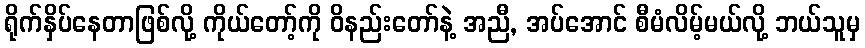
ရိုက်နှိပ်နေတာဖြစ်လို့ ကိုယ်တော့်ကို ဝိနည်းတော်နဲ့ အညီ, အပ်အောင် စီမံလိမ့်မယ်လို့ ဘယ်သူမှ